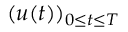
( u ( t ) ) _ { 0 \leq t \leq T }